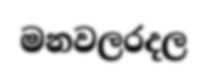
මනවලරදල